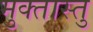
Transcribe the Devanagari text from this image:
मुक्तास्तु